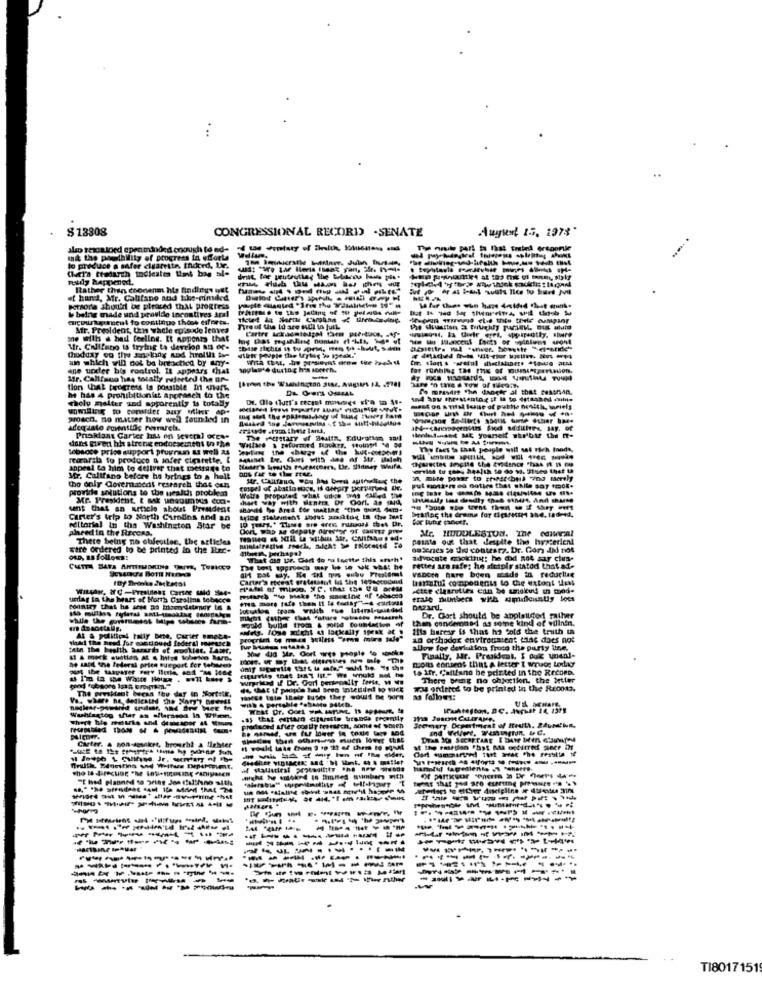
:
$13808
CONGRESSIONAL RECORDS -SENATE
August 15, 1978"
also resoaloed openminded enough to ad-
The rule part ta list Erated oregonle
mit the posibility of progress in efforts
to produce a safer cigarette, Endcrd, Le.
Chera ttedarth indicates that bag al-
rally happenoct.
Rather than coonenm hle findings bet
et hand, Mr. Califano and the-minded
& being made und provide incontives aral
persona should be pleased that progress
aicourageut fo continuo those efforts.
Str. President, this whole episode leaves
Tyreof this Id ace Mull in juil.
one withs & hed feeling. It noponto that
Wr. Califato ta trying to develop as er.
thodday of the snelling And hrallit is-
an which will not be breached by any-
ane under his rontrol. It appears that
saglaste dustog his socech.
for running the the of musicpertion.
Mfr. Califano has totally reforted the BP-
-
tion that progress is posible m snart.
De mravin the danger al that testnan.
choly malter and apparently is totally
he has 4 prohibitionist anprasch to the
wwiling to consider any other Ap.
prodch. no matter how well founded in
dans Eivent hh streng endorsement In the
Pnaklans Carter las on several orcs.
The wAtttary of South. Edurgeign andl
www.set ME yourself shr'btr the T-
sobsoce prise support provnun Lo well as
Willare & returned maokrs. tobyl 5 00
Thy faes is that peuple will sat Theh fandt,
roarila to produce & infer cigarette. [
Appeal to him to deliver that message to
arvids to see, health to do vo. Stues thst th
Mr. Callfans before he brings to a hell
the only Covem.dent research that can
provide solutions to the wealth problem
put montere od notice that shite say tmok.
Mr. President, & sak unquinous con-
that way with senha Dr Gort. as Nd,
Wetre proposed what are wet Caled the
unt that an article about Prendest
Manor the drums for dessert ane. indeed.
Carter's trip to North Carolina and an
Aring Statement indus amiktue In the test
editorial In the Washington Star be
sheed in the RECORD.
Mr. HUDOLESTUM. The editorial
There being no olfeotlee, the articles
pesata oue that despite the hysterieni
sire ordered to be printed in the Rec-
satenies % Jid contarz. Dr. Gor did tot
OLD, as follows!
"That @ Uir. Gert do ou Isette this erath'
advocate miokiny: he did not say cius-
Fettes ara safe: he sintpir statod that si-
VEDOre Bare been made in reductie
Carter's tteest gratessent la the tensgoodwill
baratti components to the extent tais
usdag la the heart of North Carolina tobacco
ema more fafe then It fa today -4 cartons
mulares "do Make the smoking of tobacco
would build from & solid foundation of
then condemns- ag some kind of willnin.
Dr. Gort should be appleilded rather
Ilts harcar is that ha fold the truth ta
At & politiet tilly bie, Carser pmeca-
an orthodox environment that does not
allow for deviul fon Troco the party line.
toIts content that A letter I wruce Loder
Finally, Mr. President, I duk unenl-
ne sait, the federal price sueport for tobacco
to Ifr. Califano be printed in the Record.
There Bring no ohjection. the better
The preskent becas thu day in Sortill,
Tu ontted to be printed in the Recoms.
Parece Iste their Butps they would be born
With A portable fsbuns alleb.
as follows:
WuAteston, DC. August 14, 2375
resepsbled Those H & p
produced After costly teomancn, some of which
Carter. A Bon-sesakert, bro-irht a lighter
---------
hanolid fagediente .1 Scharre-
SE hed planned to print Jos cel'hano sith
night Wo woked to fimmed number with
------
------
---------
---------
------
----
-----
-------
--------
--------
TI8017151